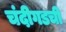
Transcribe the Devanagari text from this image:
चंदीगडची